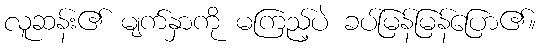
လူဆန်း၏ မျက်နှာကို မကြည့်ပဲ ခပ်မြန်မြန်ပြော၏။